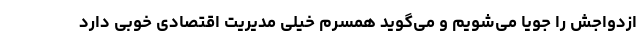
ازدواجش را جویا می‌شویم و می‌گوید همسرم خیلی مدیریت اقتصادی خوبی دارد